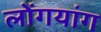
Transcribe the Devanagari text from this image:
लोंगयांग